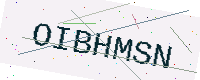
Text: OIBHMSN